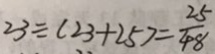
2 3 \equiv ( 2 3 + 2 5 ) = \frac { 2 5 } { 4 8 }